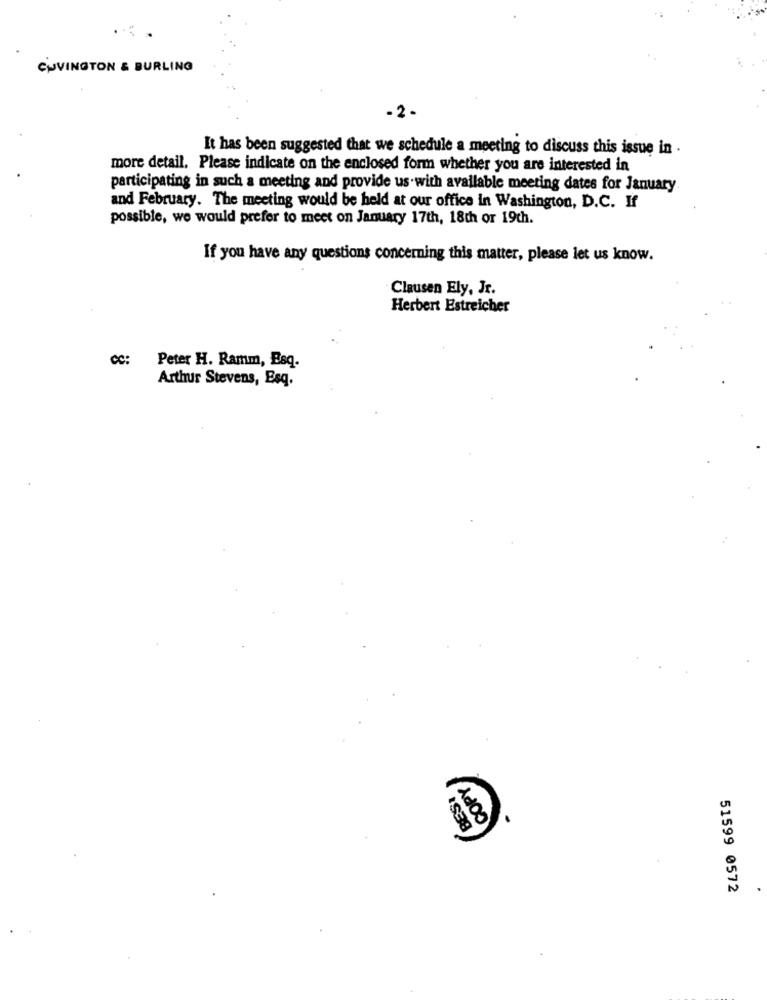
CUVINGTON & BURLING
-2 -
It has been suggested that we schedule a meeting to discuss this issue in .
more detail, Please indicate on the enclosed form whether you are interested in
participating in such a meeting and provide us with available meeting dates for January
and February. The meeting would be held at our office in Washington, D.C. If
possible, we would prefer to meet on January 17th, 18th or 19ch.
If you have any questions concerning this matter, please let us know.
Clausen Ely, Jr.
Herbert Estreicher
Peter H. Ramm, Esq.
Arthur Stevens, Esq.
COPY
BEST
51599 0572